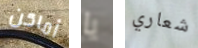
أماكن يا شعاري